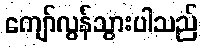
ကျော်လွန်သွားပါသည်